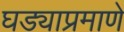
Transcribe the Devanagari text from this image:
घड्याप्रमाणे